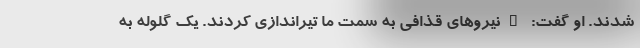
شدند. او گفت: "نیروهای قذافی به سمت ما تیراندازی کردند. یک گلوله به